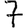
Digit: 7